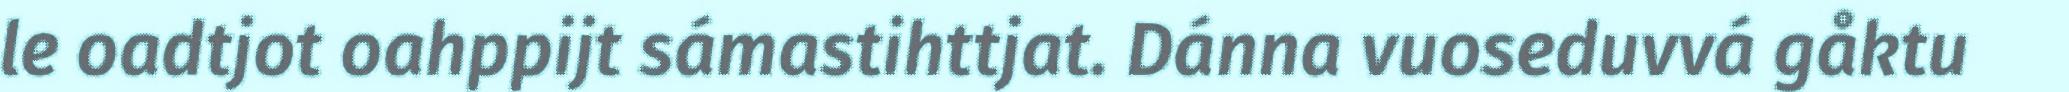
le oadtjot oahppijt sámastihttjat. Dánna vuoseduvvá gåktu